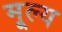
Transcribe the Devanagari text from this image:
मू्ल्य